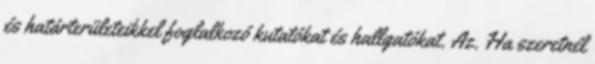
és határterületeikkel foglalkozó kutatókat és hallgatókat. Az. Ha szeretnél